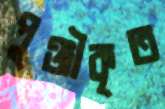
পুঞ্জীকৃত